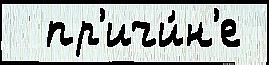
  пр'ичи́н'е